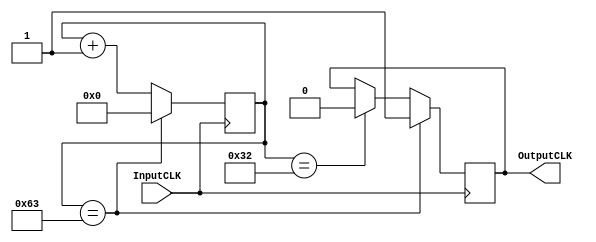

module FrequencyDivider #(parameter divider=100, parameter bitsNumber=20)(
	input   wire InputCLK,
	output  reg  OutputCLK
	);
    reg [bitsNumber-1:0] count;
    
    //Inicializacion
    initial begin count=0; OutputCLK=0; end

    //Logica Secuencial
    always@(posedge InputCLK) begin
        if(count == divider-1) begin
            count = 0;
            OutputCLK = 1;
        end else if (count == divider/2) begin
            count = count+1;
            OutputCLK = 0;
        end else begin
            count = count+1;  
        end  
    end
    
endmodule